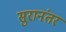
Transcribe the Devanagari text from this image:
सुरानंतर